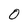
Character: O